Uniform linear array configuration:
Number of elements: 64
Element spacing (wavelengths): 1
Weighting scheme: uniform
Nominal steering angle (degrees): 60
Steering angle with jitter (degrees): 60.215
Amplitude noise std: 0.05
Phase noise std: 0.05

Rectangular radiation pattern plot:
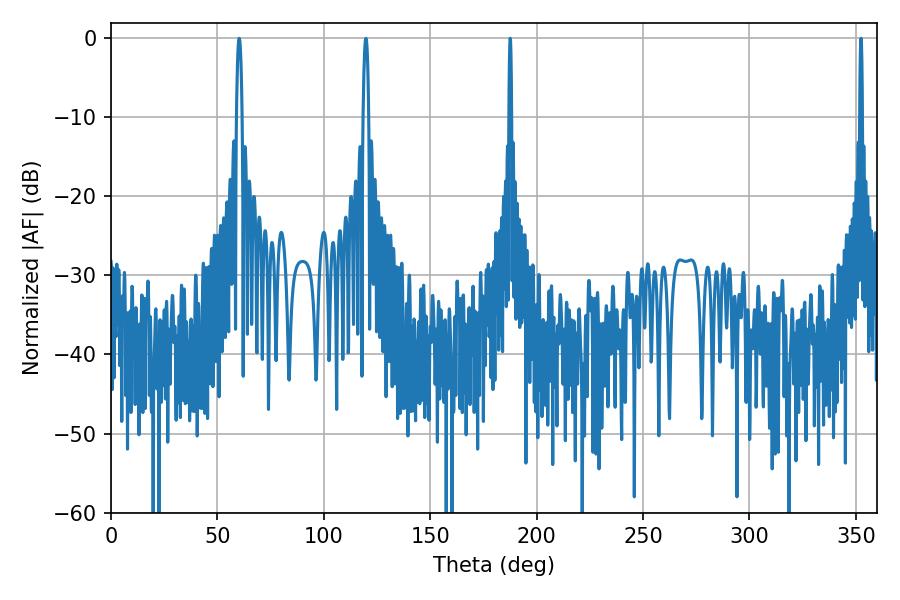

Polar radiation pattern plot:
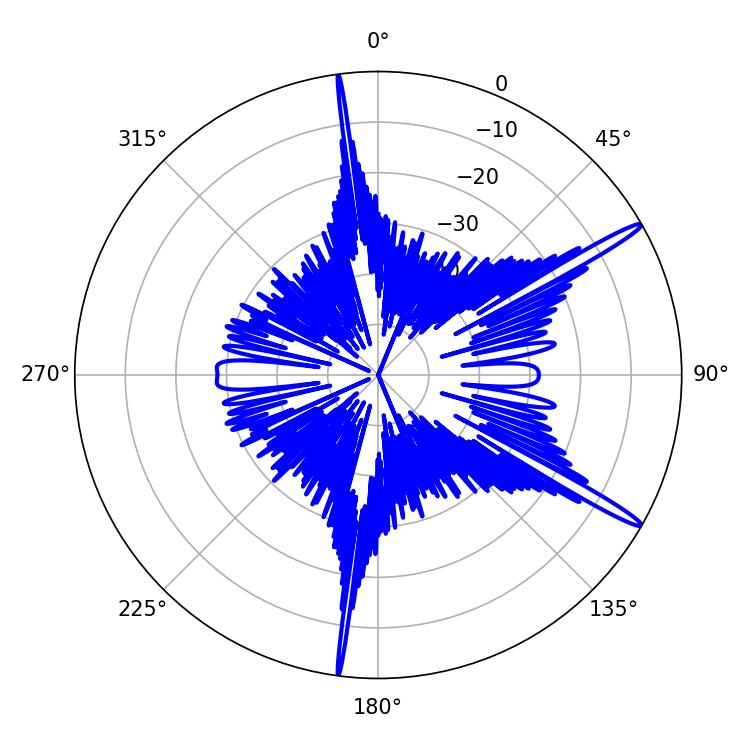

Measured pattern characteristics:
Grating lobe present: TRUE
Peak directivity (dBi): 16.014
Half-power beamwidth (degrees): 0.72
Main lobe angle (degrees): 187.56